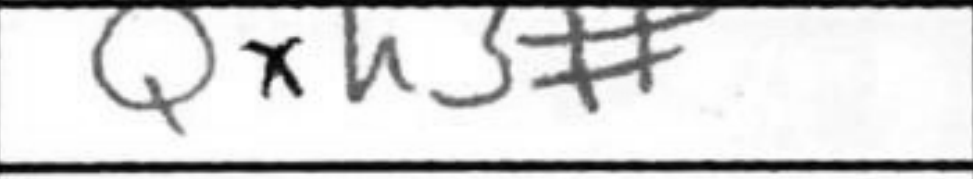
Transcription: Qxh3#